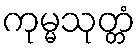
ကုမ္မသုတ္တံ